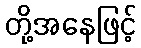
တို့အနေဖြင့်